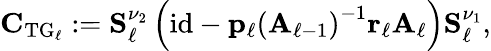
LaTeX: \begin{array}{r}{\boldsymbol{\mathbf{C}}_{\mathrm{TG}_{\ell}}:=\boldsymbol{\mathbf{S}}_{\ell}^{\nu_{2}}\left(\mathrm{id}-\boldsymbol{\mathbf{p}}_{\ell}\left(\boldsymbol{\mathbf{A}}_{\ell-1}\right)^{-1}\boldsymbol{\mathbf{r}}_{\ell}\boldsymbol{\mathbf{A}}_{\ell}\right)\boldsymbol{\mathbf{S}}_{\ell}^{\nu_{1}},}\end{array}